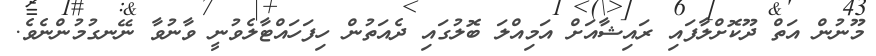
މޫނުން އަތް ދޫކޮށްލާފައި ރައިޝާއަށް އަމިއްލަ ބޮލުގައި ދެއަތުން ހިފަހައްޓާލެވުނީ ވާނުވާ ނޭނގުމުންނެވެ.